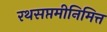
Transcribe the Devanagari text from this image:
रथसप्तमीनिमित्त